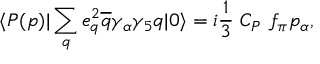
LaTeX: \langle P ( p ) | \sum _ { q } e _ { q } ^ { 2 } \overline { { { q } } } \gamma _ { \alpha } \gamma _ { 5 } q | 0 \rangle = i { \frac { 1 } { 3 } } ~ C _ { P } ~ f _ { \pi } p _ { \alpha } ,